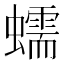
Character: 蠕